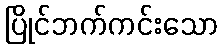
ပြိုင်ဘက်ကင်းသော